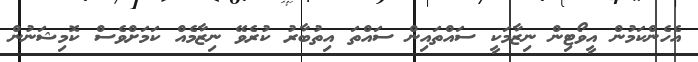
އެހެންކަމުން އީވޯޓިން ނިޒާމަކީ ސައްތައިން ސައްތަ އިތުބާރު ކުރެވޭ ނިޒާމެއް ކަމަށްވެސް ކޮމިޝަނުން